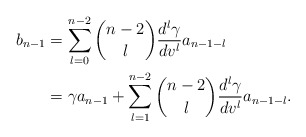
\begin{align*} b_{n-1}&=\sum_{l=0}^{n-2}\binom{n-2}{l}\frac{d^l\gamma}{dv^l}a_{n-1-l}\\&=\gamma a_{n-1}+\sum_{l=1}^{n-2}\binom{n-2}{l}\frac{d^l\gamma}{dv^l}a_{n-1-l}.\end{align*}